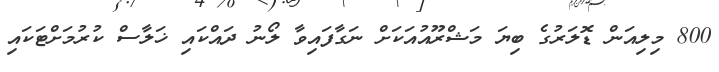
800 މިލިއަން ޑޮލަރުގެ ބިޔަ މަޝްރޫއުއަކަށް ނަގާފައިވާ ލޯނު ދައްކައި ޚަލާސް ކުރުމަށްޓަކައި